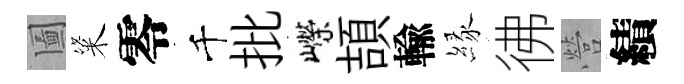
圗粢零千批嶸頡輸縁彿營績